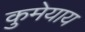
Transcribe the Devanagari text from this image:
कुमेयाय